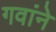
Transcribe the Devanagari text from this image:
गवांने